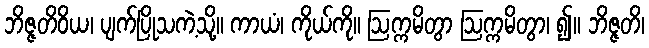
ဘိဇ္ဇတိဝိယ၊ ပျက်ပြိုသကဲ့သို့။ ကာယံ၊ ကိုယ်ကို။ ဩက္ကမိတွာ ဩက္ကမိတွာ၊ ၍။ ဘိဇ္ဇတိ၊